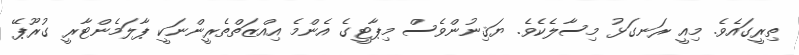
ތިރީގައެވެ. މިއީ ރަނގަޅު މިސާލެކެވެ. ޔަޤިނުންވެސް މިޕާޓީގެ އެންމެ އިއްޒަތްތެރީންނަކީ ޕާލަމެންޓާރީ ގުރޫޕޭ